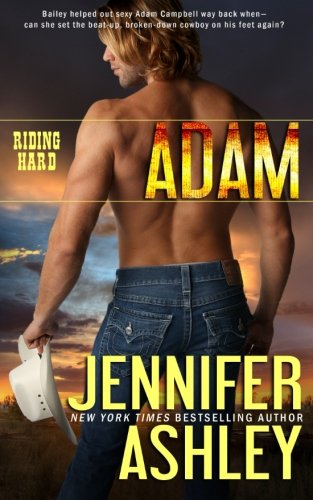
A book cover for Adam (Riding Hard) (Volume 1); Jennifer Ashley; Romance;